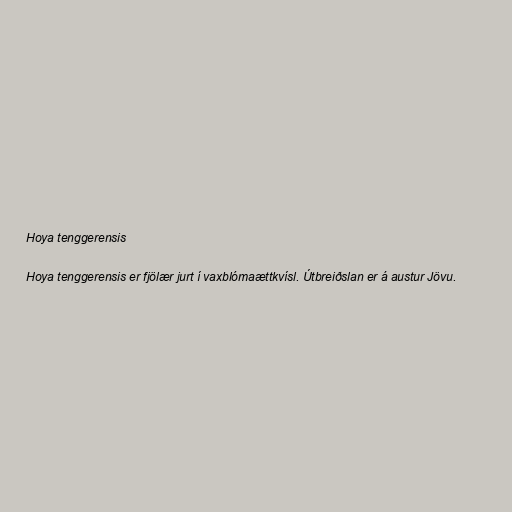
Hoya tenggerensis

Hoya tenggerensis er fjölær jurt í vaxblómaættkvísl. Útbreiðslan er á austur Jövu.